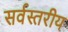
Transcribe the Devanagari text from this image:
सर्वस्तरीय